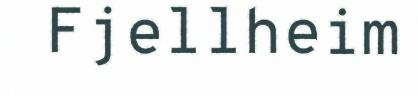
Fjellheim